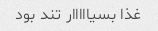
غذا بسیااااار تند بود